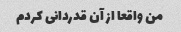
من واقعا از آن قدردانی کردم